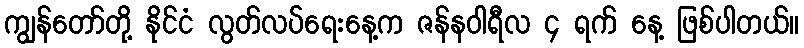
ကျွန်တော်တို့ နိုင်ငံ လွတ်လပ်ရေးနေ့က ဇန်နဝါရီလ ၄ ရက် နေ့ ဖြစ်ပါတယ်။